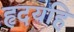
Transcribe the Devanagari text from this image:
हृदयहि